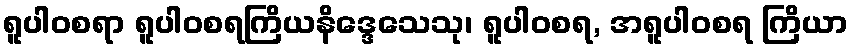
ရူပါဝစရာ ရူပါဝစရကြိယနိဒ္ဒေသေသု၊ ရူပါဝစရ, အရူပါဝစရ ကြိယာ